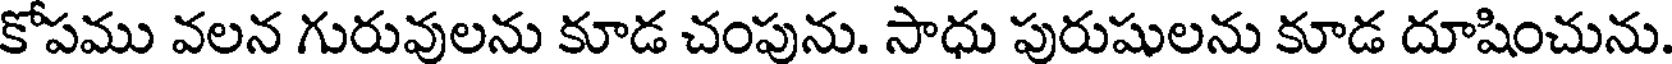
కోపము వలన గురువులను కూడ చంపును. సాధు పురుషులను కూడ దూషించును.